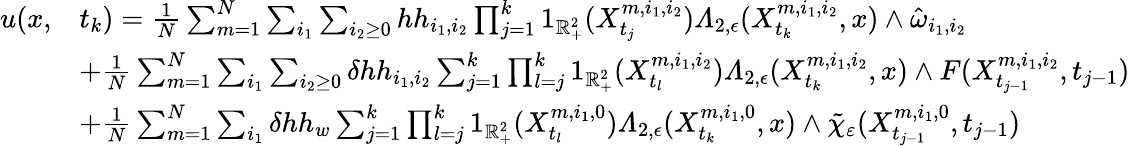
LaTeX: \begin{array}{rl}{u(x,}&{t_{k})=\frac{1}{N}\sum_{m=1}^{N}\sum_{i_{1}}\sum_{i_{2}\geq 0}hh_{i_{1},i_{2}}\prod_{j=1}^{k}1_{\mathbb{R}_{+}^{2}}(X_{t_{j}}^{m,i_{1},i_{2}})\varLambda_{2,\epsilon}(X_{t_{k}}^{m,i_{1},i_{2}},x)\wedge\hat{\omega}_{i_{1},i_{2}}}\\ &{+\frac{1}{N}\sum_{m=1}^{N}\sum_{i_{1}}\sum_{i_{2}\geq 0}\delta hh_{i_{1},i_{2}}\sum_{j=1}^{k}\prod_{l=j}^{k}1_{\mathbb{R}_{+}^{2}}(X_{t_{l}}^{m,i_{1},i_{2}})\varLambda_{2,\epsilon}(X_{t_{k}}^{m,i_{1},i_{2}},x)\wedge F(X_{t_{j-1}}^{m,i_{1},i_{2}},t_{j-1})}\\ &{+\frac{1}{N}\sum_{m=1}^{N}\sum_{i_{1}}\delta hh_{w}\sum_{j=1}^{k}\prod_{l=j}^{k}1_{\mathbb{R}_{+}^{2}}(X_{t_{l}}^{m,i_{1},0})\varLambda_{2,\epsilon}(X_{t_{k}}^{m,i_{1},0},x)\wedge\tilde{\chi}_{\varepsilon}(X_{t_{j-1}}^{m,i_{1},0},t_{j-1})}\end{array}